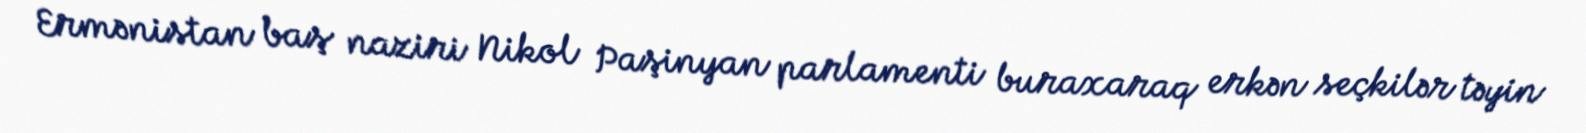
Ermənistan baş naziri Nikol Paşinyan parlamenti buraxaraq erkən seçkilər təyin